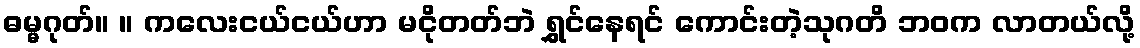
ဓမ္မဂုတ်။ ။ ကလေးငယ်ငယ်ဟာ မငိုတတ်ဘဲ ရွှင်နေရင် ကောင်းတဲ့သုဂတိ ဘဝက လာတယ်လို့